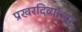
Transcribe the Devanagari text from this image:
प्रखरदिव्यांच्या